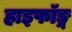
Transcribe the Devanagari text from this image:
हाइफॉङ्ग